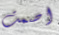
اصمت